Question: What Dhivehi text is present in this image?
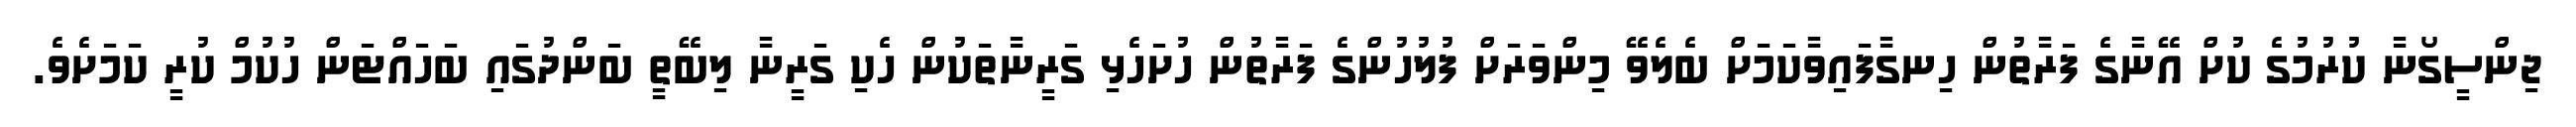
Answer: ޖިންސީގޯނާ ކުރުމުގެ ކުށް އޭނާގެ ފަރާތުން ހިނގާފައިވާކަމަށް ބެލެވޭ މިންވަރަށް ފުލުހުންގެ ފަރާތުން ހުށަހެޅި ގަރީނާތަކުން ހެކި ގަރީނާ ލިބޭތީ ބަންދުގައި ބަހައްޓަން ހުކުމް ކުރީ ކަމަށެވެ.